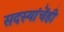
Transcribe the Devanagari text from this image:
सदस्यांचेंही